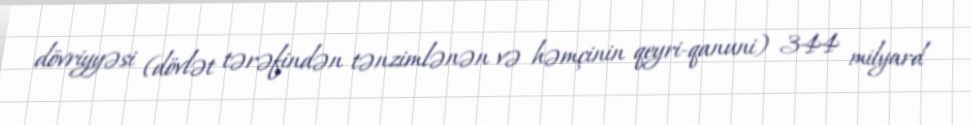
dövriyyəsi (dövlət tərəfindən tənzimlənən və həmçinin qeyri-qanuni) 344 milyard